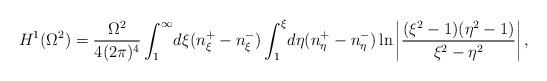
LaTeX: \begin{align*}H^1(\Omega^2)=\frac{\Omega^2}{4(2\pi)^4}\int_1^{\infty}\!d\xi (n_{\xi}^+-n_{\xi}^-)\int_1^{\xi}\!d\eta(n_{\eta}^+-n_{\eta}^-) \ln\left|\frac{(\xi^2-1)(\eta^2-1)}{\xi^2-\eta^2}\right|,\end{align*}